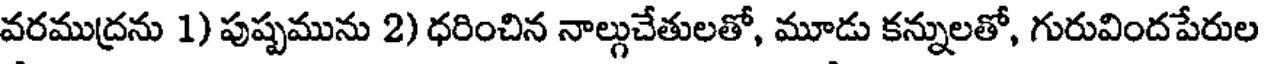
వరముద్రను 1) పుష్పమును 2) ధరించిన నాల్గుచేతులతో, మూడు కన్నులతో, గురువిందపేరుల